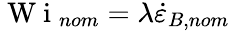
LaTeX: \mathrm{~W~i~}_{nom}=\lambda\dot{\varepsilon}_{B,nom}